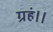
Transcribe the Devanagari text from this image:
ग्रहं।।